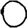
Digit: 0